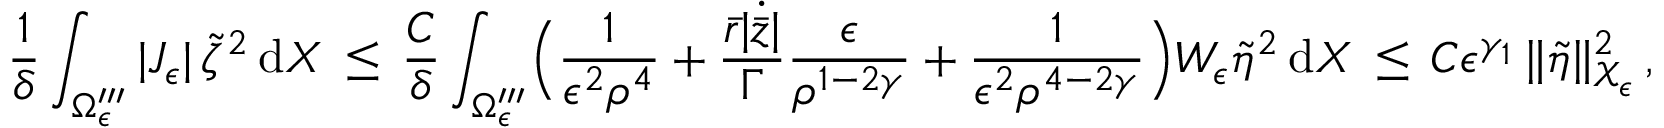
\frac { 1 } { \delta } \int _ { \Omega _ { \epsilon } ^ { \prime \prime \prime } } | J _ { \epsilon } | \, \tilde { \zeta } ^ { 2 } \, \mathrm { d } X \, \le \, \frac { C } { \delta } \int _ { \Omega _ { \epsilon } ^ { \prime \prime \prime } } \Bigl ( \frac { 1 } { \epsilon ^ { 2 } \rho ^ { 4 } } + \frac { \bar { r } | \dot { \bar { z } } | } { \Gamma } \frac { \epsilon } { \rho ^ { 1 - 2 \gamma } } + \frac { 1 } { \epsilon ^ { 2 } \rho ^ { 4 - 2 \gamma } } \Bigr ) W _ { \epsilon } \tilde { \eta } ^ { 2 } \, \mathrm { d } X \, \le \, C \epsilon ^ { \gamma _ { 1 } } \, \| \tilde { \eta } \| _ { \mathcal { X } _ { \epsilon } } ^ { 2 } \, ,